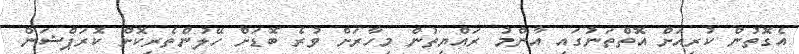
އެގޮތުން ކުރިއަށް އޮތްތަނުގައި އާންމު ރައްޔިތުން މިހާރަށް ވުރެ ބޮޑަށް ހޭލުންތެރިކޮށް ކޮރަޕްޝަން